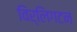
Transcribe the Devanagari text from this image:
विर्लिगटन